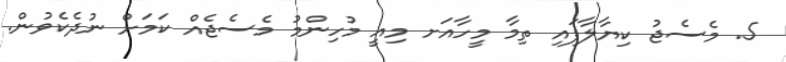
5. މެސެޖު ކިޔާލާފައި ތިމާ މީހާއަށ މިއީ މުހިންމު މެސެޖެއް ކަމަށް ނުދެކެވުން.